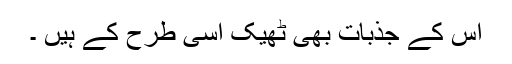
اس کے جذبات بھی ٹھیک اسی طرح کے ہیں ۔